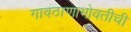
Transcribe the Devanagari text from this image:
गावठाणाभोवतीची